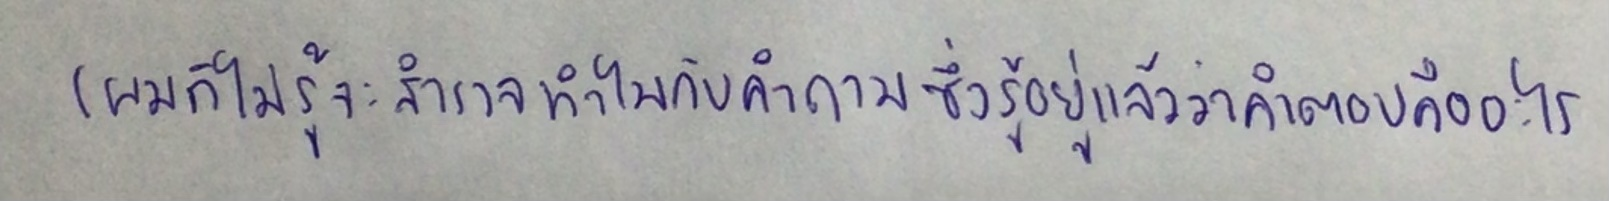
(ผมก็ไม่รู้ว่าจะสำรวจทำไมกับคำถามซึ่งรู้อยู่แล้วว่าคำตอบคืออะไร